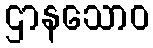
ဌာနသောဝ